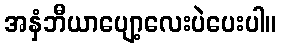
အနှံဘီယာပျော့လေးပဲပေးပါ။